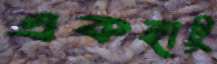
একহাটু